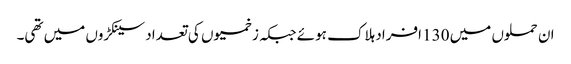
ان حملوں میں 130 افراد ہلاک ہوئے جبکہ زخمیوں کی تعداد سینکڑوں میں تھی۔